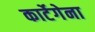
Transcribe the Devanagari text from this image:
कार्टेगेना